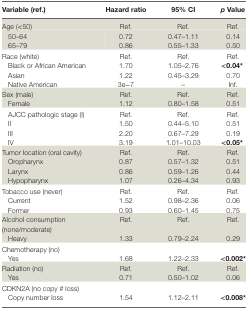
| Variable (ref.) | Hazard ratio | 95% CI | p Value |
 | --- | --- | --- | --- |
 | Age (<50) | Ref. | Ref. | Ref. |
 | 50–64 | 0.72 | 0.47–1.11 | 0.14 |
 | 65–79 | 0.86 | 0.55–1.33 | 0.50 |
 | Race (white) | Ref. | Ref. | Ref. |
 | Black or African American | 1.70 | 1.05–2.76 | <0.04* |
 | Asian | 1.22 | 0.45–3.29 | 0.70 |
 | Native American | 3e−7 | – | Inf. |
 | Sex (male) | Ref. | Ref. | Ref. |
 | Female | 1.12 | 0.80–1.58 | 0.51 |
 | AJCC pathologic stage (I) | Ref. | Ref. | Ref. |
 | II | 1.50 | 0.44–5.10 | 0.51 |
 | III | 2.20 | 0.67–7.29 | 0.19 |
 | IV | 3.19 | 1.01–10.03 | <0.05* |
 | Tumor location (oral cavity) | Ref. | Ref. | Ref. |
 | Oropharynx | 0.87 | 0.57–1.32 | 0.51 |
 | Larynx | 0.86 | 0.59–1.26 | 0.44 |
 | Hypopharynx | 1.07 | 0.26–4.34 | 0.93 |
 | Tobacco use (never) | Ref. | Ref. | Ref. |
 | Current | 1.52 | 0.98–2.36 | 0.06 |
 | Former | 0.93 | 0.60–1.45 | 0.75 |
 | Alcohol consumption (none/moderate) | Ref. | Ref. | Ref. |
 | Heavy | 1.33 | 0.79–2.24 | 0.29 |
 | Chemotherapy (no) |  |  |  |
 | Yes | 1.68 | 1.22–2.33 | <0.002* |
 | Radiation (no) | Ref. | Ref. | Ref. |
 | Yes | 0.71 | 0.50–1.02 | 0.06 |
 | CDKN2A (no copy # loss) |  |  |  |
 | Copy number loss | 1.54 | 1.12–2.11 | <0.008* |